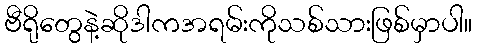
ဗီရိုတွေနဲ့ဆိုဒါကအရမ်းကိုသစ်သားဖြစ်မှာပါ။